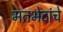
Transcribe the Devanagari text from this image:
मतभेदांचे